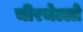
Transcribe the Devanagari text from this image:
चीरचेल्लो